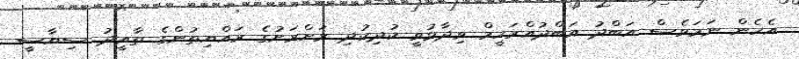
އެހެން ނަމަވެސް އަބްދު އަބްދުއްރަހީމް ވިދާޅުވީ ކުދިކުދި ރަށްރަށުގެ ރައްޔިތުންގެ ތާއީދު ސިޔާސީ